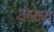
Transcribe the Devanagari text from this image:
उल्ट्या